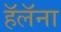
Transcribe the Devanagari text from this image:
हॅलॅना